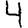
Digit: 4